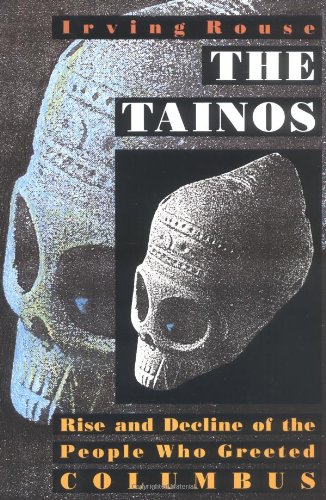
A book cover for The Tainos: Rise and Decline of the People Who Greeted Columbus; Irving Rouse; History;